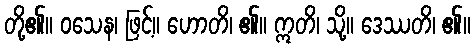
တို့၏။ ဝသေန၊ ဖြင့်။ ဟောတိ၊ ၏။ ဣတိ၊ သို့။ ဒေဿတိ၊ ၏။